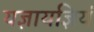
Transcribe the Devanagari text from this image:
यज्ञायज्ञियं